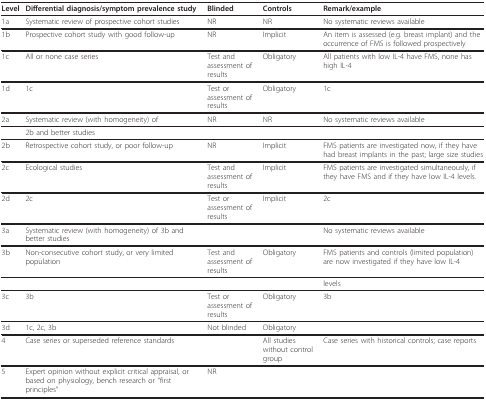
| Level | Differential diagnosis/symptom prevalence study | Blinded | Controls | Remark/example |
 | --- | --- | --- | --- | --- |
 | 1a | Systematic review of prospective cohort studies | NR | NR | No systematic reviews available |
 | 1b | Prospective cohort study with good follow-up | NR | Implicit | An item is assessed (e.g. breast implant) and the occurrence of FMS is followed prospectively |
 | 1c | All or none case series | Test and assessment of results | Obligatory | All patients with low IL-4 have FMS, none has high IL-4 |
 | 1d | 1c | Test or assessment of results | Obligatory | 1c |
 | 2a | Systematic review (with homogeneity) of | NR | NR | No systematic reviews available |
 |  | 2b and better studies |  |  |  |
 | 2b | Retrospective cohort study, or poor follow-up | NR | Implicit | FMS patients are investigated now, if they have had breast implants in the past; large size studies |
 | 2c | Ecological studies | Test and assessment of results | Implicit | FMS patients are investigated simultaneously, if they have FMS and if they have low IL-4 levels. |
 | 2d | 2c | Test or assessment of results | Implicit | 2c |
 | 3a | Systematic review (with homogeneity) of 3b and better studies |  |  | No systematic reviews available |
 | 3b | Non-consecutive cohort study, or very limited population | Test and assessment of results | Obligatory | FMS patients and controls (limited population) are now investigated if they have low IL-4 |
 |  |  |  |  | levels |
 | 3c | 3b | Test or assessment of results | Obligatory | 3b |
 | 3d | 1c, 2c, 3b | Not blinded | Obligatory |  |
 | 4 | Case series or superseded reference standards |  | All studies without control group | Case series with historical controls; case reports |
 | 5 | Expert opinion without explicit critical appraisal, or based on physiology, bench research or "first principles" | NR |  |  |